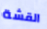
القشة